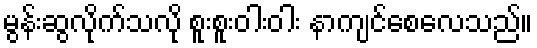
မွန်းဆွလိုက်သလို စူးစူးဝါးဝါး နာကျင်စေလေသည်။